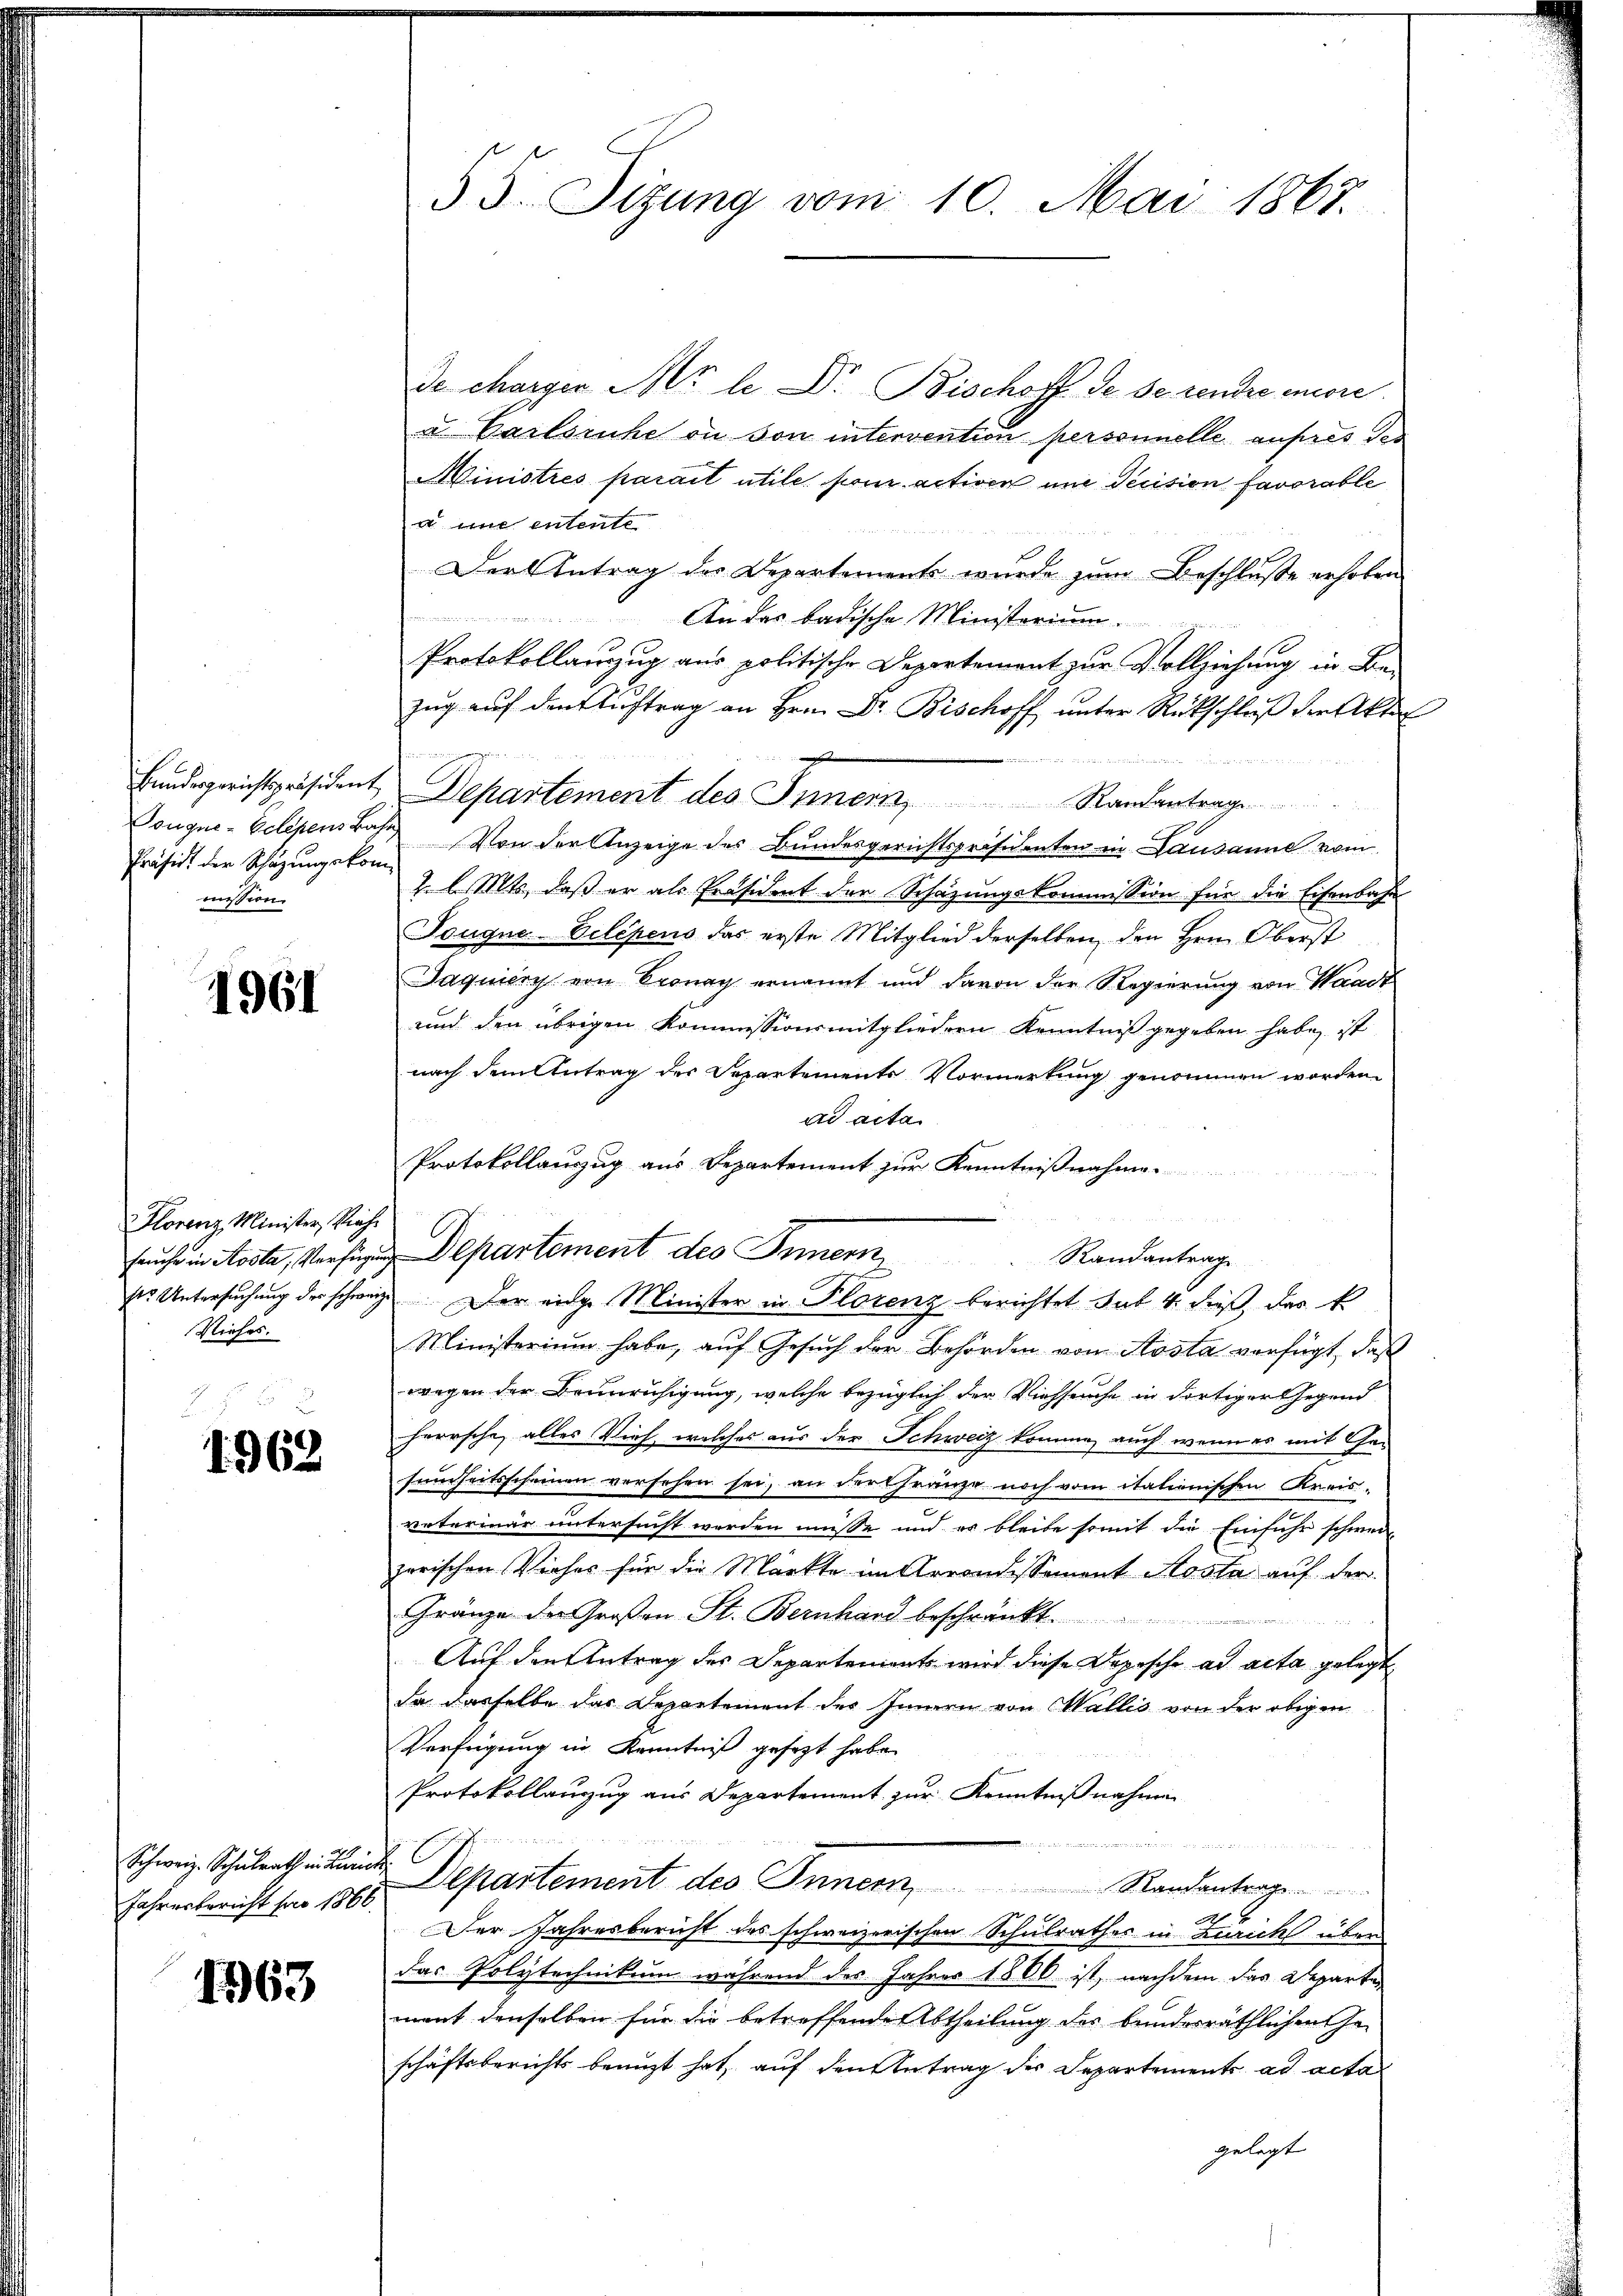
Präsidi der Schazungskommission

1961

Florenz Minister, Riehe
Nieses.

1962.

Schweiz. Schulrath in Luis
Jahresbericht pro 1866.

1963

de chargen Nr le Dr. Bischoff de se rendre more
u. Carlsruhe in von intervention personnelle aufres der
Ministrés parait utile, pour activen und Decision favorable
 inne entente
Der Antrag des Departements wurde zum Beschluße erhoben
                 1200
An das badische Ministerium.
Protokollanzug aus politische Departement zur Vollziehung, in Be-
Zug auf den Auftrag an Hrn. Dr. Bischoff unter Rückschluß der Akte
Bundesgerichtspräsident, Departement des Innern, Randentrage
Cougne-Eclepens Bahn von der Anzeige des Bundesgerichtspräsidenten in Lausanne vom
2. l. Mts., daß er als Präsident der Schazungskommission für die Eisenbahn
Tougne-Eelépens das erste Mitglied derselben den Hrn. Oberst
Jaquiery von Cronay ernannt und davon der Regierung von Waadt
und den übrigen Kommissionsmitgliedern Kenntniß gegeben habe, ist
nach dem Antrag des Departements Vormerkung genommen worden.
ad acta
Protokollauszug aus Departement zur Kenntnißnahme.
auch in Aosta, Versind. Departement des Inner, Randantrage
ses Untersuchung der schweiz. Der eidge Minister in Plorenz berichtet hat 4. dieß, das k
Ministerium habe, auf Gesuch der Behörden von Aosta verfügt, daß
wegen der Beunruhigung, welche bezüglich der Viehseuche in dortiger Gegend
herrsche, alles Vieh, welches aus der Schweiz komme, auch wenn es mit Gefeuerheitsscheinen versehen sei, an der franze noch vom italienischen Kreisvaterinär untersucht werden müsse und es bleibe somit die Einfuhr schweizerischen Vieher für die Märkte im Arrondissement Kosta auf der
Gränze der Großen St. Bernhard beschränkt.

Auf den Antrag des Departements wird diese Depesche ad acta gelegt
da dasselbe das Departement des Innern von Wallis von der obigen
Verfügung in Kenntniß gesezt habe.
Protokollanzug aus Departement zur Kenntnißnahmen

G.
e
Departement des Innern Randantrage
7 x
Der Jahresbericht des schweizerischen Schulrathes in Berichs über
das Polytechnikum während des Jahres 1880 ist, nachdem das Departe
ment denselben für die betreffende Abtheilung der bunderräthlichen Ge-
schäftsberichts beauft hat, auf den Antrag der Departement ad acta
gelegt

55. Sizung vom 10. Mai 1867.